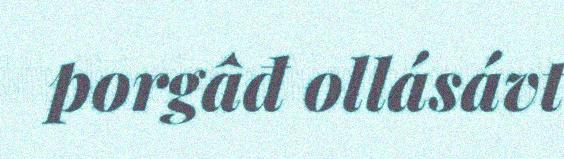
porgâđ ollásávt